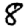
Digit: 8